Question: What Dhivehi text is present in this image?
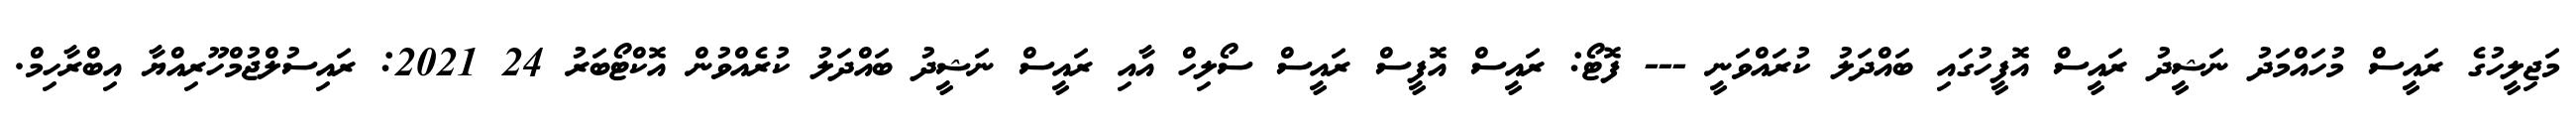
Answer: މަޖިލީހުގެ ރައީސް މުހައްމަދު ނަޝީދު ރައީސް އޮފީހުގައި ބައްދަލު ކުރައްވަނީ --- ފޮޓޯ: ރައީސް އޮފީސް ރައީސް ސޯލިހް އާއި ރައީސް ނަޝީދު ބައްދަލު ކުރެއްވުން އޮކްޓޯބަރު 24 2021: ރައިސުލްޖުމްހޫރިއްޔާ އިބްރާހިމް.